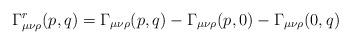
LaTeX: \begin{align*}\Gamma^r_{\mu \nu \rho}(p,q)= \Gamma_{\mu \nu \rho}(p,q)-\Gamma_{\mu \nu \rho}(p,0)-\Gamma_{\mu \nu \rho}(0,q)\end{align*}